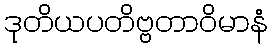
ဒုတိယပတိဗ္ဗတာဝိမာနံ